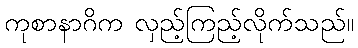
ကုစာနာဂိက လှည့်ကြည့်လိုက်သည်။